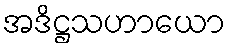
အဒိဋ္ဌသဟာယော